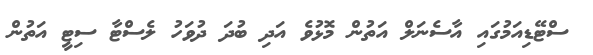
ސްޓޭޑިއަމުގައި އާސެނަލް އަތުން މޮޅުވެ އަދި ބުދަ ދުވަހު ލެސްޓާ ސިޓީ އަތުން